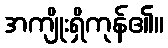
အကျိုးရှိကုန်၏။